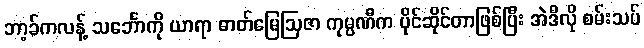
ဘာ့ခ်ကလန့် သင်္ဘောကို ယာရာ ဓာတ်မြေဩဇာ ကုမ္ပဏီက ပိုင်ဆိုင်တာဖြစ်ပြီး အဲဒီလို စမ်းသပ်